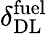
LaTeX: \delta_{\mathrm{DL}}^{\mathrm{fuel}}